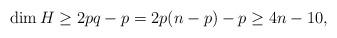
LaTeX: \begin{align*} \dim H\ge 2pq - p = 2p(n-p)-p\ge 4n-10, \end{align*}